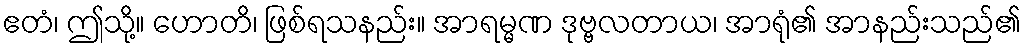
ဧတံ၊ ဤသို့။ ဟောတိ၊ ဖြစ်ရသနည်း။ အာရမ္မဏ ဒုဗ္ဗလတာယ၊ အာရုံ၏ အာနည်းသည်၏